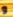
و